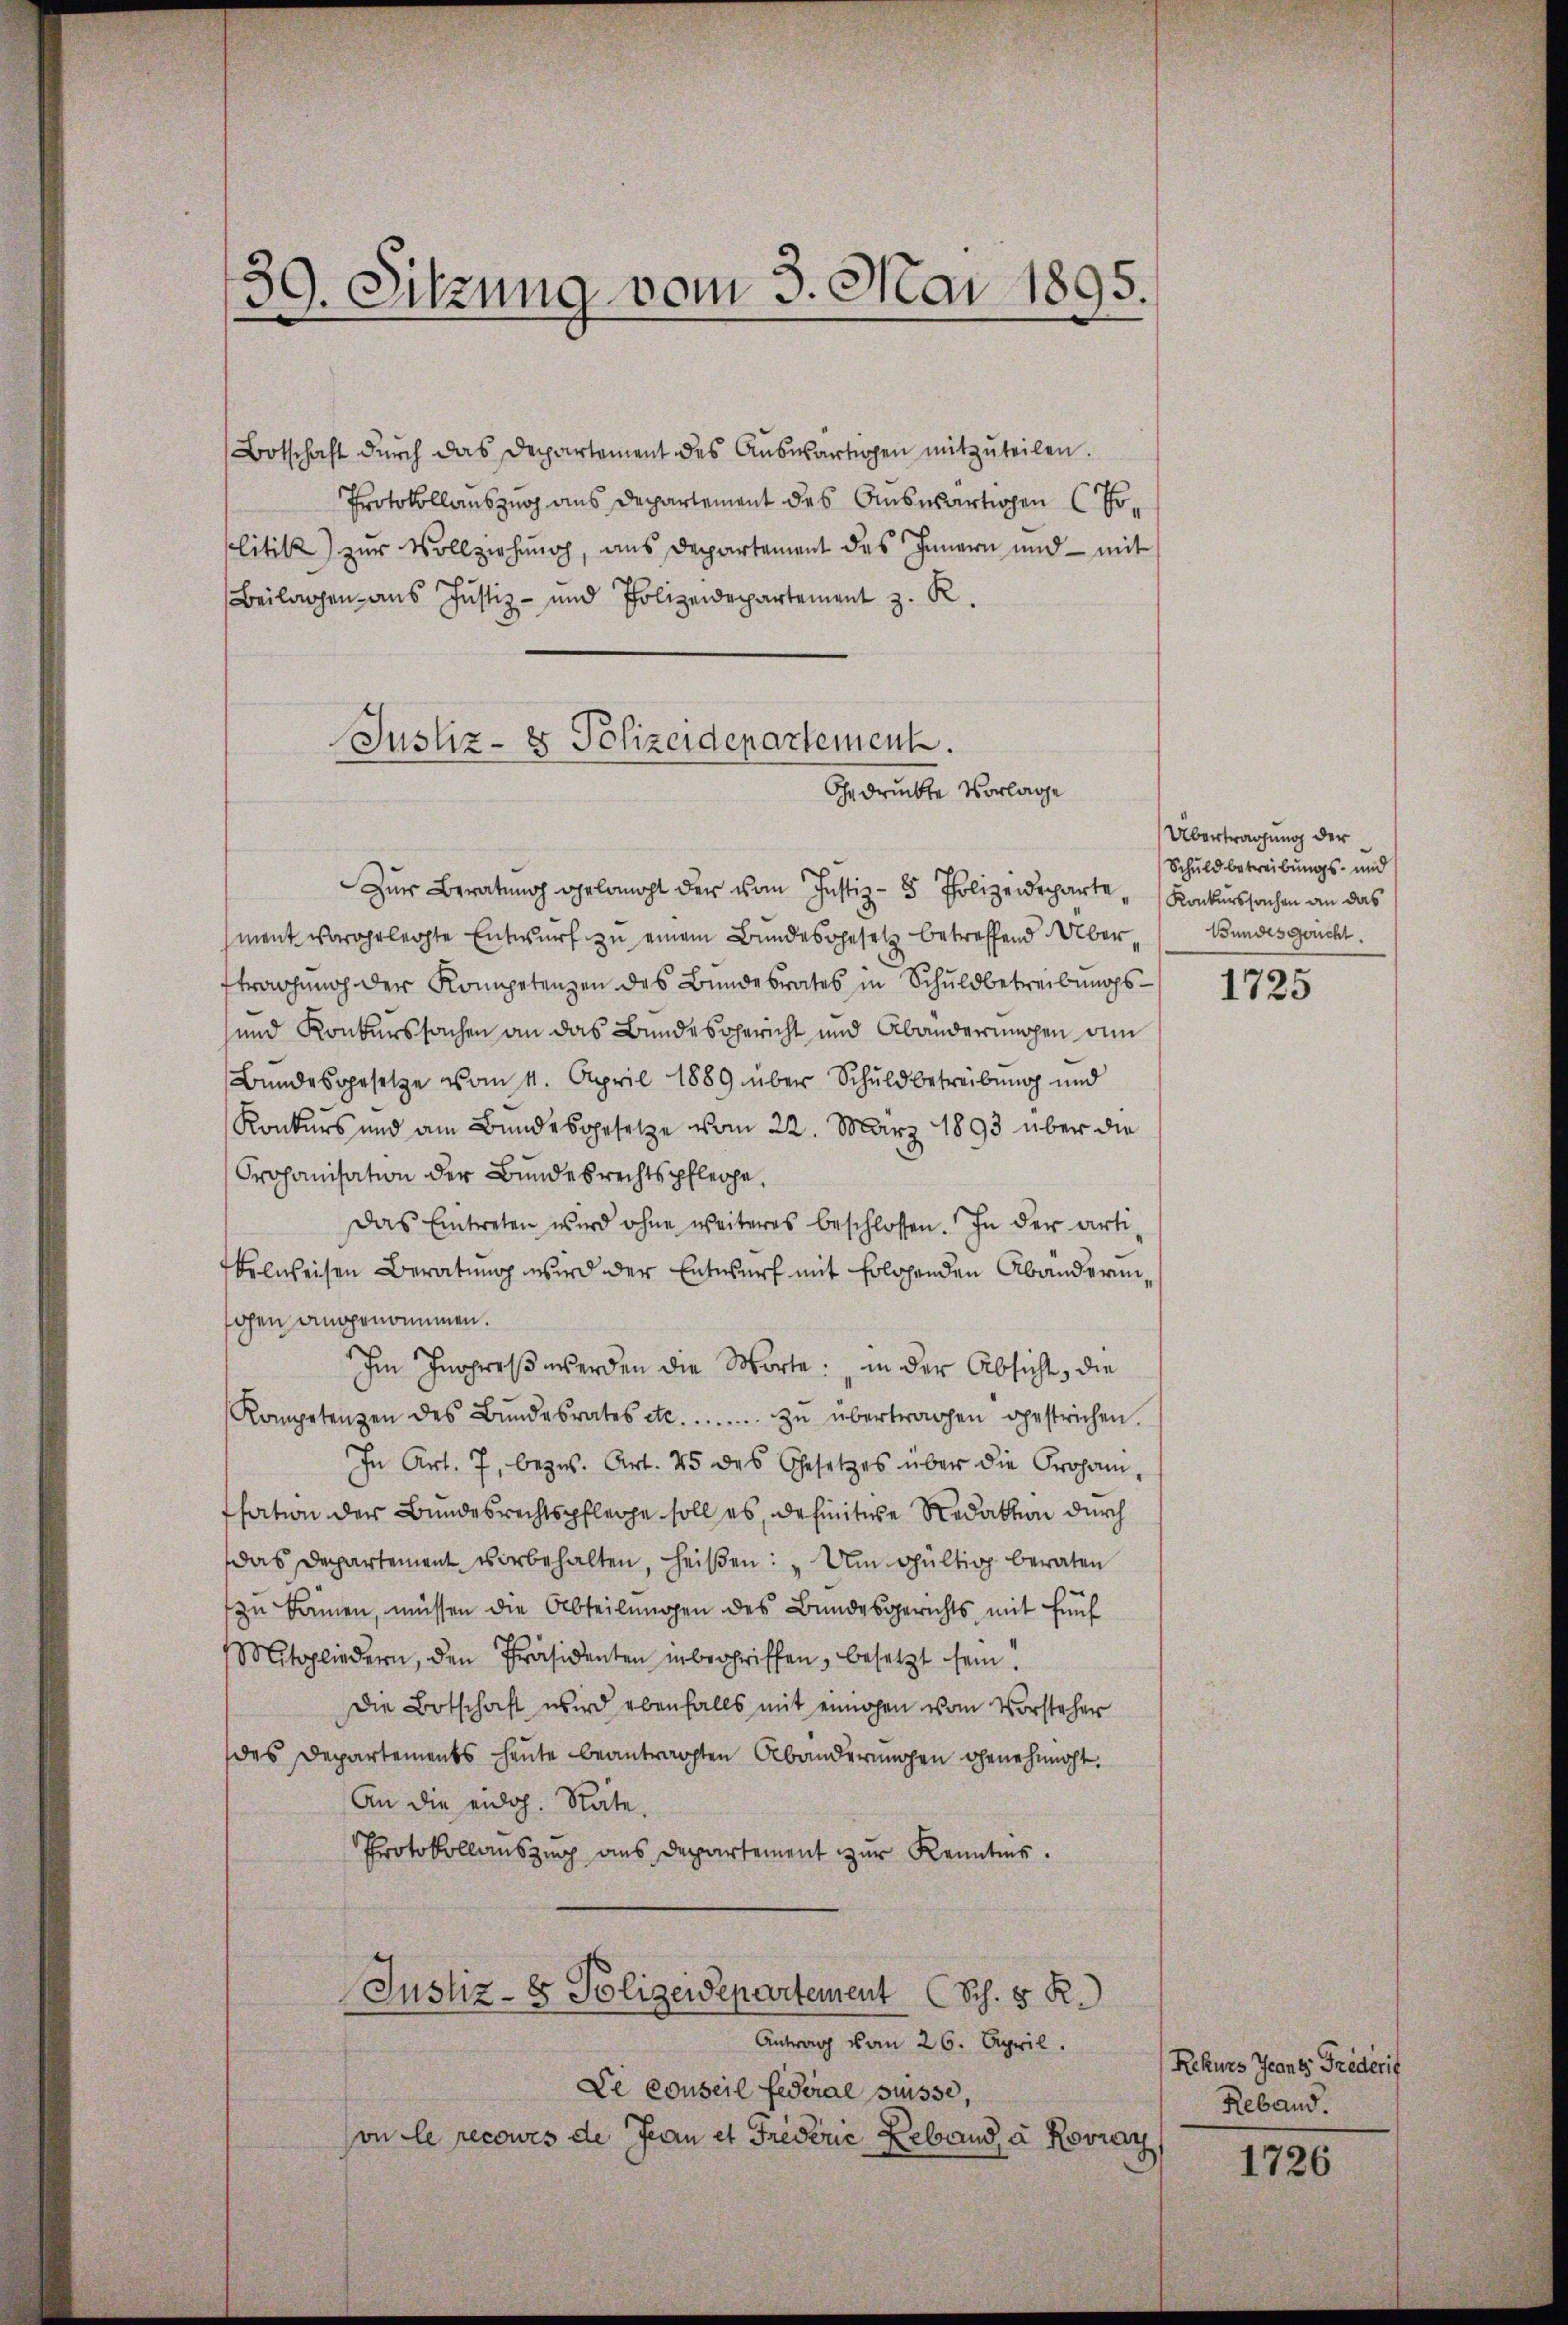
39. Sitzung vom 3. Mai 1895.

Botschaft durch das Departement des Auswärtigen mitzuteilen.
Protokollauszug aus Departement des Auswärtigen (Erlitik zur Vollziehung, aus Departement des Innern und - mit
Beilagen aus Justiz- und Polizeidepartement z. R.

Justiz- & Polizeidepartement.
Gedruckte Vorlage

Zŭr Beratung gelangt der vom Justiz- & Polizeideparte Konkurssachen an das
ment vorgelegte Entwurf zu einem Bundesgesetz betreffend Über- Bundesgericht.
tragung der Kompetenzen des Bundesrates in Schuldbetreibungssund Konkurssachen an das Bundesgericht und Abänderungen am
Bundesgesetze vom 11. April 1889 über Schuldbetreibung und
Konkurs und am Bundesgesetze vom 22. März 1893 über die
Prohanisation der Bundesrechtspflege,
Das Eintreten wird ohne weiteres beschlossen. In der artikelweisen Beratung wird der Entwurf mit Erlösenden Abänderunohen angenommen.
Im Inopres werden die Worte: in der Absicht, die
Kompetenzen des Bŭndesrates etc. .......... zŭ übertragen gestrichen.
In Art. 7, bezw. Art. 25 des Gesetzes über die Prohanssation der Bundesrechtspflege soll es, definitive Redaktion durch
das Departement vorbehalten, heißen: „Um gültig beraten
zu kamen, müssen die Abteilungen des Bundesgerichts mit fünf
Mitgliedern, den Präsidenten inbegriffen, besetzt sein.
Die Botschaft wird ebenfalls mit einigen vom Vorsteher
des Departements heute beantragten Abänderungen genehmigt.
An die eidg. Räte.
Protokollauszug aus Departement zur Kenntnis.
Justiz- & Polizeidepartement (Sch. 5 R.)
Antrag vom 26. April.
De Conseil Federal Suisse,
on le recours de Jean et Friderie Lebend à Kovray

Übertragung der
Schuldbetreibungs- und

1725

Rekurs Franz Friderit
Reband.

1726